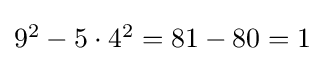
\textstyle 9^{2}-5\cdot 4^{2}=81-80=1